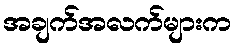
အချက်အလက်များက